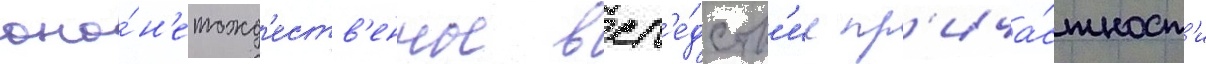
оно́ н'етожд'еств'енное всл'е́дств'ие пр'ича́стност'и